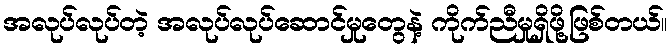
အလုပ်လုပ်တဲ့ အလုပ်လုပ်ဆောင်မှုတွေနဲ့ ကိုက်ညီမှုရှိဖို့ဖြစ်တယ်။